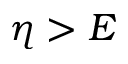
\eta > E